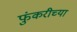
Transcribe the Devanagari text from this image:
फुंकरीच्या